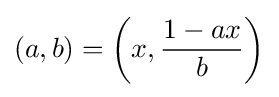
(a,b)=\left(x,{\frac {1-ax}{b}}\right)